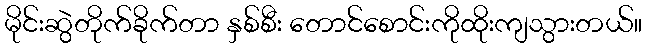
မိုင်းဆွဲတိုက်ခိုက်တာ နှစ်စီး တောင်စောင်းကိုထိုးကျသွားတယ်။